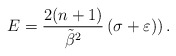
\begin{align*}E=\frac{2(n+1)}{\tilde{\beta}^2}\left(\sigma+\varepsilon)\right).\end{align*}